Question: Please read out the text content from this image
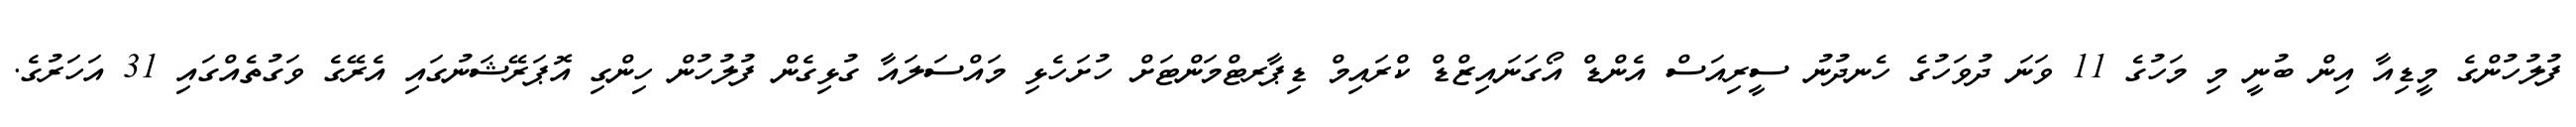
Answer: ފުލުހުންގެ މީޑިއާ އިން ބުނީ މި މަހުގެ 11 ވަނަ ދުވަހުގެ ހެނދުނު ސީރިއަސް އެންޑް އޯގަނައިޒްޑް ކްރައިމް ޑިޕާރޓްމަންޓަށް ހުށަހެޅި މައްސަލައާ ގުޅިގެން ފުލުހުން ހިންގި އޮޕަރޭޝަނުގައި އެރޭގެ ވަގުތެއްގައި 31 އަހަރުގެ.